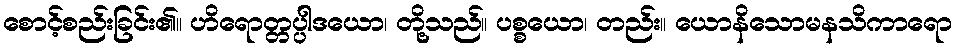
စောင့်စည်းခြင်း၏။ ဟိရောတ္တပ္ပါဒယော၊ တို့သည်။ ပစ္စယော၊ တည်း။ ယောနိသောမနသိကာရော